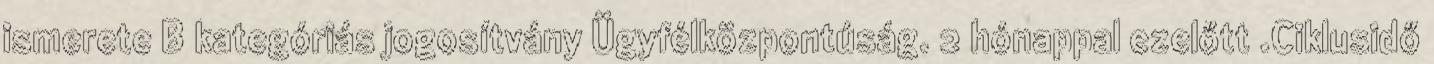
ismerete B kategóriás jogosítvány Ügyfélközpontúság. 2 hónappal ezelőtt .Ciklusidő